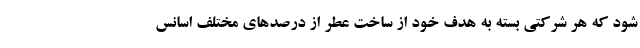
شود که هر شرکتی بسته به هدف خود از ساخت عطر از درصدهای مختلف اسانس